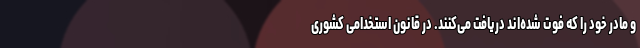
و مادر خود را که فوت شده‌اند دریافت می‌کنند. در قانون استخدامی کشوری